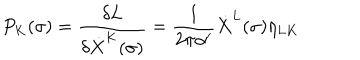
LaTeX: P _ { K } ( \sigma ) = \frac { \delta L } { \delta \dot { X } ^ { K } ( \sigma ) } = \frac { 1 } { 2 \pi \alpha ^ { \prime } } \dot { X } ^ { L } ( \sigma ) \eta _ { L K }